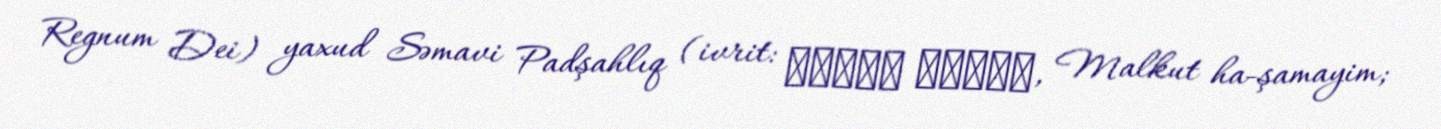
Regnum Dei) yaxud Səmavi Padşahlıq (ivrit: מלכות השמים, Malkut ha-şamayim;